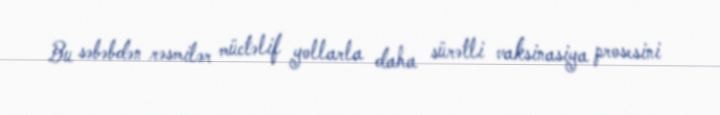
Bu səbəbdən rəsmilər müctəlif yollarla daha sürətli vaksinasiya prosesini